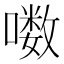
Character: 𪢒